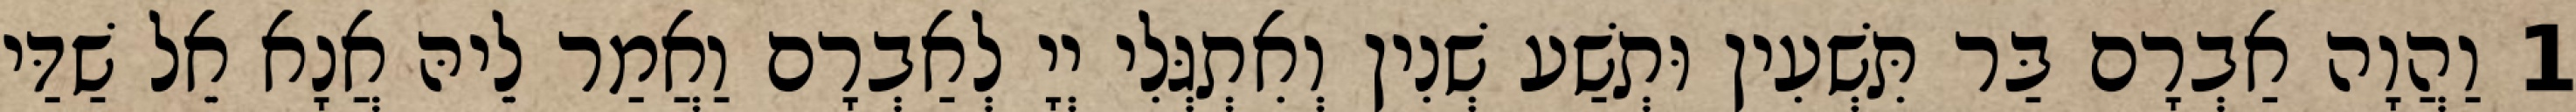
1 וַהֲוָה אַבְרָם בַּר תִּשְׁעִין וּתְשַׁע שְׁנִין וְאִתְגְּלִי יְיָ לְאַבְרָם וַאֲמַר לֵיהּ אֲנָא אֵל שַׁדַּי